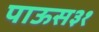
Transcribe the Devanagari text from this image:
पाऊस३१